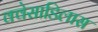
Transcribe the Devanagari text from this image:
क्वेसाडिलास